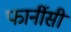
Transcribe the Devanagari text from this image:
फार्नीसी